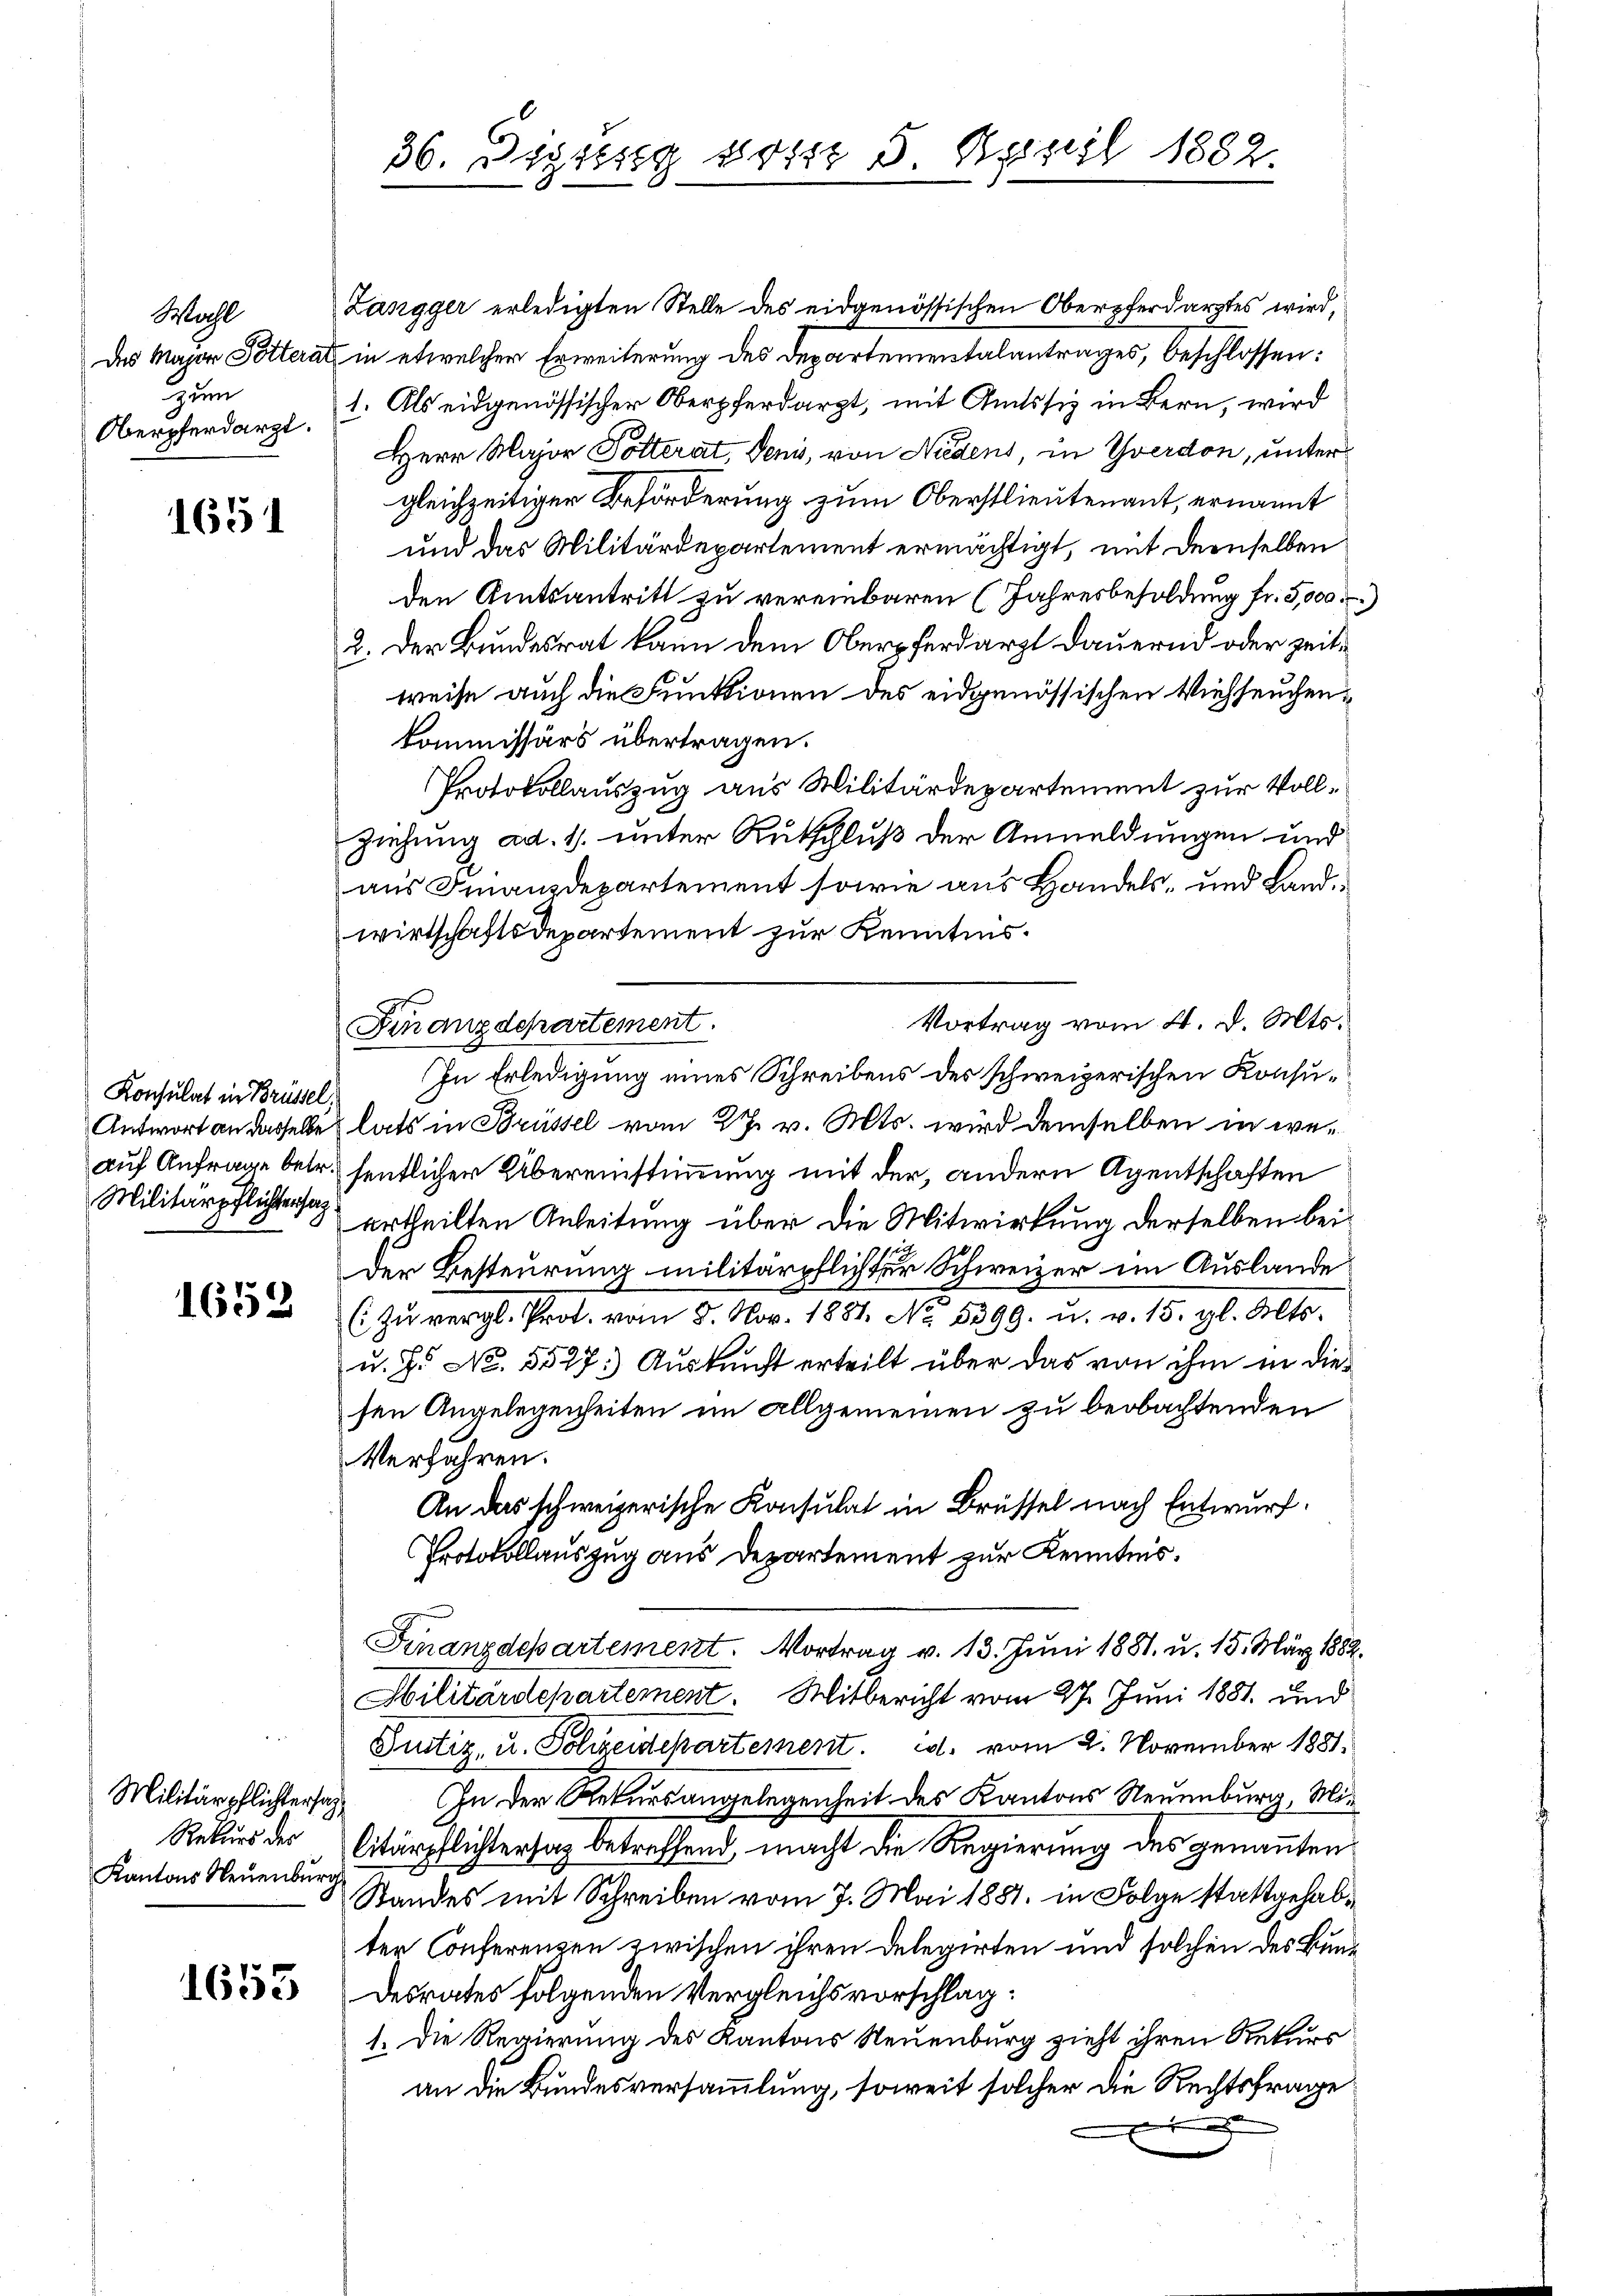
Wahl
Zum
Oberpferdarzt.

1651

Konsulat in Brüssel,
Militärpflichtersag

1652

Langger erledigten Stelle des eidgenössischen Oberpferdarztes wird,
des Major Potterat in etwelcher Erweiterung des Departementalantrages, beschlossen:
1. Als eidgenössischer Oberpferdarzt, mit Amtssiz in Bern, wird
Herr Major Polterat, deni, von Niedens, in Yverdon, untergleichzeitiger Beförderung zum Oberstlieutenant, ernannt
und das Militärdepartement ermächtigt, mit demselben
den Amtsantritt zu vereinbaren (Jahresbesoldung fr. 5,000
2. Der Bundesrat kann dem Oberpferdarzt dauernd oder zeitweise auch die Funktionen des eidgenössischen Viehseuchen¬
Commissärs übertragen.
Protokollauszug aus Militärdepartement zur Vollziehung ad. 1. unter Rutschluß der Anmeldungen und
aus Finanzdepartement sowie aus Handels- und Landwirtschaftsdepartement zur Kenntnis.
Vortrag vom 4. d. Mts.
Finanzdepartement.
In Erledigung eines Schreibens des schweizerischen Konsu¬
Antwort an dasselbe lats in Brüssel vom 27. v. Mts. wird demselben in weauf Anfrage betr. sentlicher Übereinstimmung mit der, andern Agentschaften
urtheilten Anleitung über die Mitwirkung derselben bei¬
Der Besteurung militärpflichter Schweizer im Auslande
( zŭ vergl. Prot. vom 8. Nov. 1881. No. 5399. u. v. 15. gl. Mts.
u. H. No. 5527. Auskunft erteilt über das von ihm in die
sen Angelegenheiten im allgemeinen zu beobachtenden
Verfahren.
An das schweizerische Konsulat in Brüssel nach Entwurf.
Protokollauszug aus Departement zur Kenntnis.
Finanzdepartement. Vortrag v. 13. Juni 1881, u. 15. März 1882.
Sbilitärdepartement. Mitbericht vom 27. Juni 1881. und
Tustiz, u. Polizeidchartement. d. vom 2. November 1881.
In der Rekursangelegenheit des Kantons Neuenburg, Mi¬
Rekurs der Citärpflichterhaz betreffend macht die Regierung des genannten
Standes mit Schreiben vom 7. Mai 1881 in Folge stattgehabter Conferenzen zwischen ihren Delegirten und solchen des Bun¬
63 desrates folgenden Vergleichsvorschlag:
1. Die Regierung des Kantons Neuenburg zieht ihren Rekurs
an die Bundesversammlung, soweit solcher die Rechtsfrage
d

Militärpflichtersag
Kantons Neuenburg

36. Digung 801 5 April 1882.